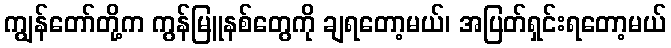
ကျွန်တော်တို့က ကွန်မြူနစ်တွေကို ချရတော့မယ်၊ အပြတ်ရှင်းရတော့မယ်